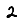
Digit: 2